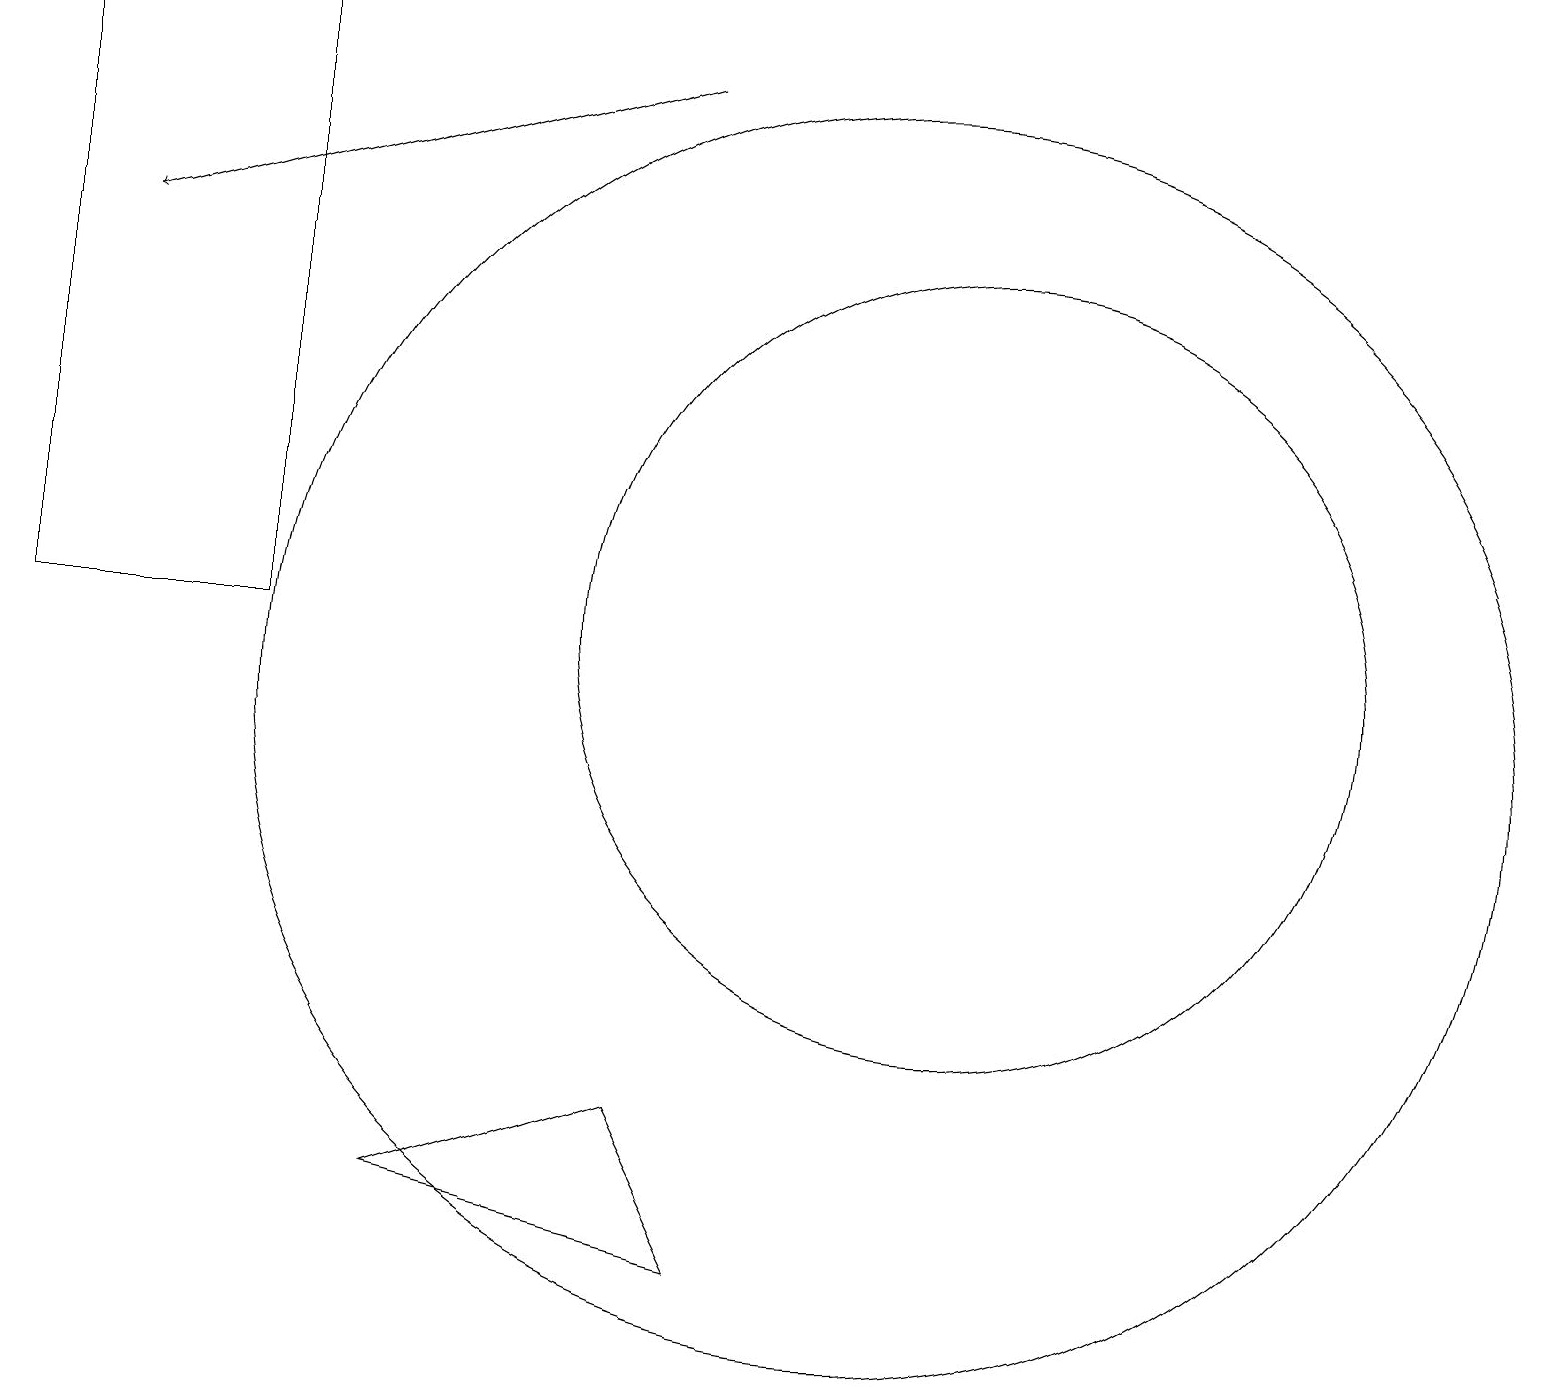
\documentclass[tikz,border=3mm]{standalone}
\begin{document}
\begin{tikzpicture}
\draw (12,11) circle (5);
\draw (11,10) circle (8);
\draw (3,11) rectangle (0,19);
\draw[->] (8,18) -- (1,16);
\draw (5,4) -- (8,5) -- (9,3) -- cycle;
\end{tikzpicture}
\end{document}